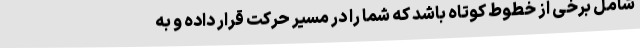
شامل برخی از خطوط کوتاه باشد که شما را در مسیر حرکت قرار داده و به